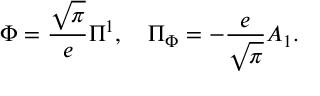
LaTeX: \Phi = { \frac { \sqrt \pi } { e } } \Pi ^ { 1 } , ~ ~ ~ \Pi _ { \Phi } = - { \frac { e } { \sqrt \pi } } A _ { 1 } .